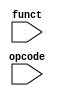
// Controller

module Controller ( opcode,
					funct
					// write your code in here
					);

	input  [5:0] opcode;
    input  [5:0] funct;

	// write your code in here
	
endmodule